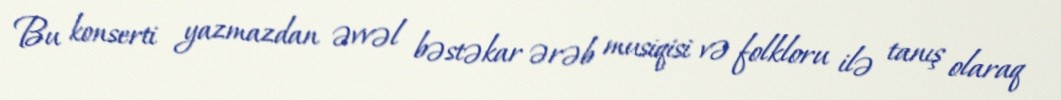
Bu konserti yazmazdan əvvəl bəstəkar ərəb musiqisi və folkloru ilə tanış olaraq